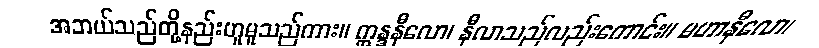
အဘယ်သည်တို့နည်းဟူမူသည်ကား။ ဣန္ဒနီလော၊ နီလာသည်လည်းကောင်း။ မဟာနီလော၊